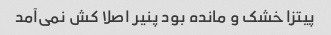
پیتزا خشک و مانده بود پنیر اصلا کش نمی‌آمد